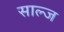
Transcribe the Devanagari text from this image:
साल्ज